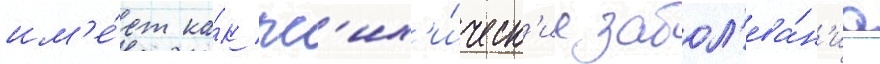
им'е́ет ка́к пс'их'и́ческ'ие забол'ева́н'иа